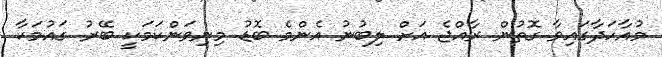
މުއާހަދާގައިވާ ގޮތުން ރާއްޖެ އަށް ލިބުނު އެންމެ ބޮޑު މިނިވަންކަމަކީ ބޭރު ގައުމަކާ